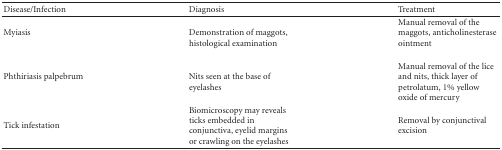
| Disease/Infection | Diagnosis | Treatment |
 | --- | --- | --- |
 | Myiasis | Demonstration of maggots, histological examination | Manual removal of the maggots, anticholinesterase ointment |
 | Phthiriasis palpebrum | Nits seen at the base of eyelashes | Manual removal of the lice and nits, thick layer of petrolatum, 1% yellow oxide of mercury |
 | Tick infestation | Biomicroscopy may reveals ticks embedded in conjunctiva, eyelid margins or crawling on the eyelashes | Removal by conjunctival excision |